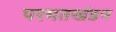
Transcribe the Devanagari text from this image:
परमतखंडन